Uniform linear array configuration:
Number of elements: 24
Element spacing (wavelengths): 0.5
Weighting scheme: cosine
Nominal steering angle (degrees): -45
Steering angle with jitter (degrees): -46.159
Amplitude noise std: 0.05
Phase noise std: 0.05

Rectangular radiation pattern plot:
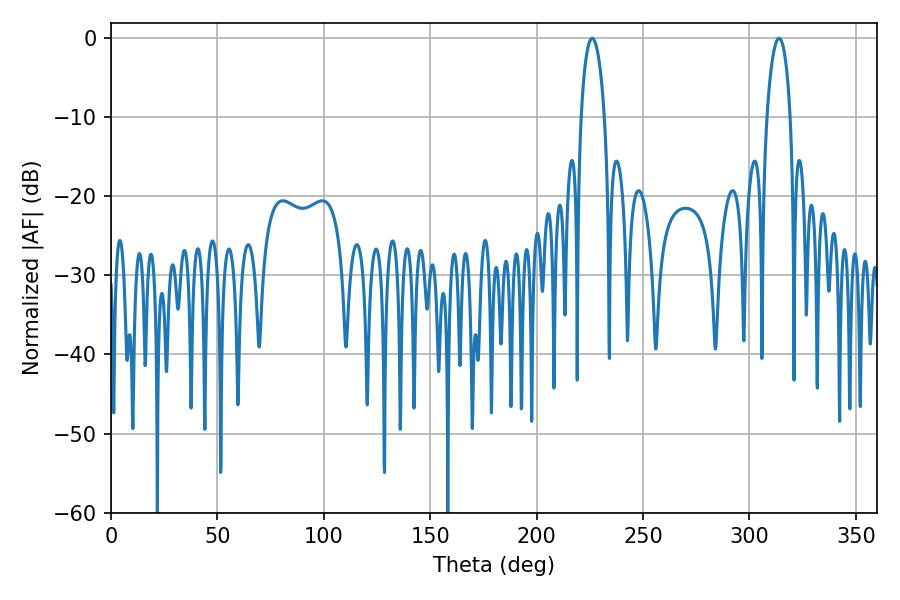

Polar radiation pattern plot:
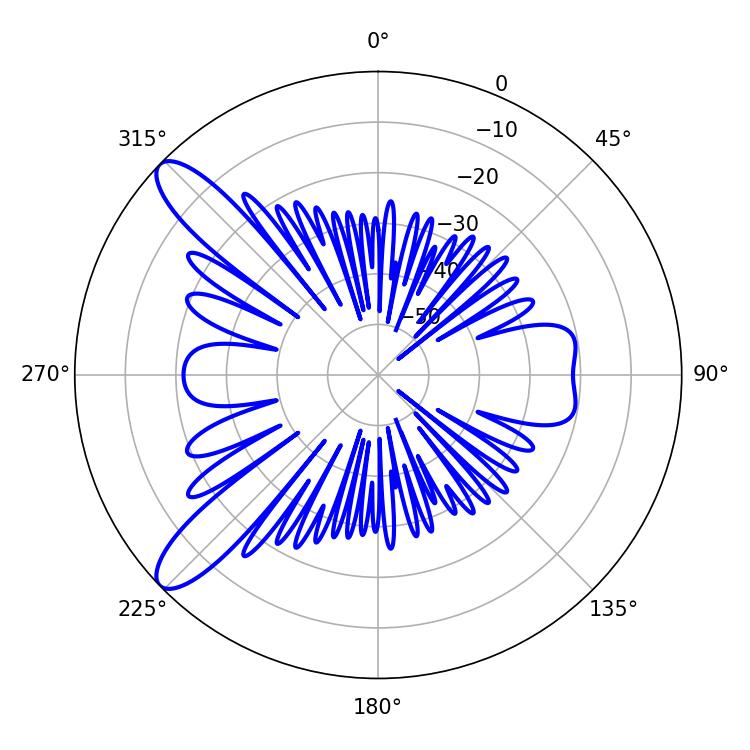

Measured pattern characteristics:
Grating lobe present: FALSE
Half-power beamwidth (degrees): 6.3
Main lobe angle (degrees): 226.08